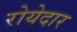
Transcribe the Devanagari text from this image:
रोयेदार